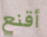
أقنع